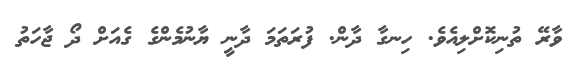
ވާރޭ ތުނިކޮށްލިއެވެ. ހިނގާ ދާން. ފުރަތަމަ ދާނީ ޔާނުމެންގެ ގެއަށް ދޯ ޖާހަތު